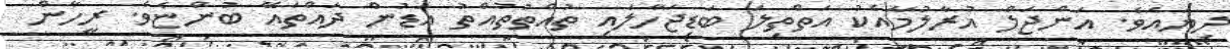
ދިޔައެވެ. އަންޖަލް އުރާލުމާއެކު އަތްތިލަ ބަޑިޖަހާލައި ތުއްތުތުއްތު އަޑުން ދައްތައޭ ބުންޏެވެ. ރީހާން